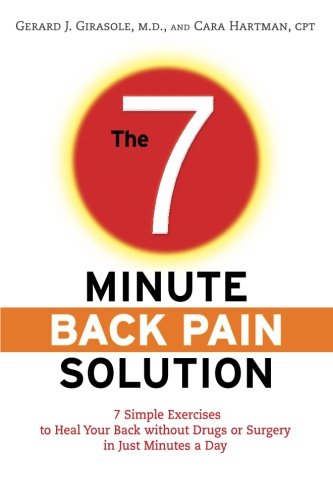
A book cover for The 7-Minute Back Pain Solution: 7 Simple Exercises to Heal Your Back Without Drugs or Surgery in Just Minutes a Day; Dr. Gerard Girasole; Health, Fitness & Dieting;